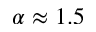
\alpha \approx 1 . 5